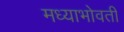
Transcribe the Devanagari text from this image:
मध्याभोवती